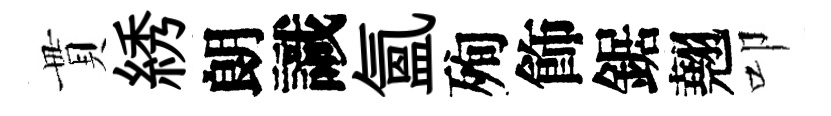
貫綉朗識氲殉飾鋸翹叩